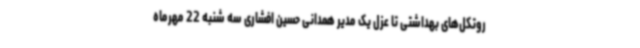
روتکل‌های بهداشتی تا عزل یک مدیر همدانی حسین افشاری سه شنبه 22 مهرماه